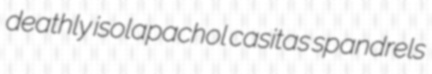
deathly isolapachol casitas spandrels